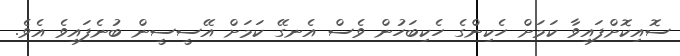
ސޮއިކޮށްފައިވާ ކަމަށް ހެކިންގެ ހެކިބަހުން ވެސް އެނގޭ ކަމަށް އޭސީސީން ބުނެފައިވެ އެވެ.